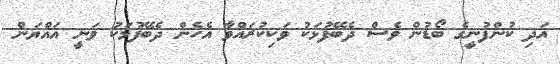
އަދި ކުންފުނީގެ ބޯޑުން ވެސް ދެބޭފުޅަކު ވަކިކުރައްވާ އެހެން ދެބޭފުޅަކު ވަނީ އައްޔަން